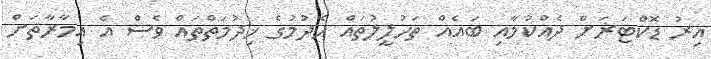
އިރު ޑޮކްޓަރަށް ދެއްކުމާއި ބައެއް ތަހުލީލުތައް ހެދުމުގެ ޚިދުމަތްތައް ވެސް އެ އިމާރާތަށް